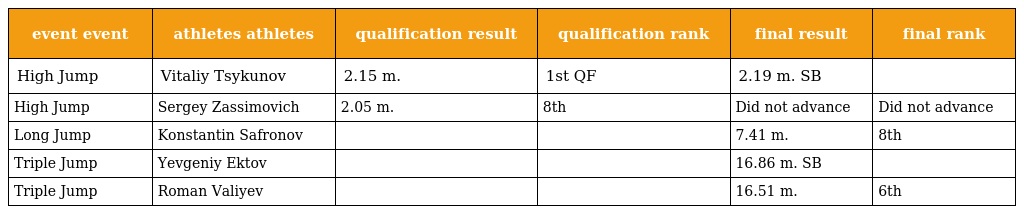
| event event | athletes athletes | qualification result | qualification rank | final result | final rank |
 | --- | --- | --- | --- | --- | --- |
 | High Jump | Vitaliy Tsykunov | 2.15 m. | 1st QF | 2.19 m. SB |  |
 | High Jump | Sergey Zassimovich | 2.05 m. | 8th | Did not advance | Did not advance |
 | Long Jump | Konstantin Safronov |  |  | 7.41 m. | 8th |
 | Triple Jump | Yevgeniy Ektov |  |  | 16.86 m. SB |  |
 | Triple Jump | Roman Valiyev |  |  | 16.51 m. | 6th |